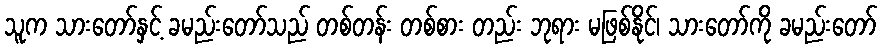
သူက သားတော်နှင့် ခမည်းတော်သည် တစ်တန်း တစ်စား တည်း ဘုရား မဖြစ်နိုင်၊ သားတော်ကို ခမည်းတော်